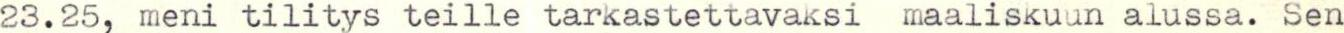
23.25, meni tilitys teille tarkastettavaksi maaliskuun alussa. Sen